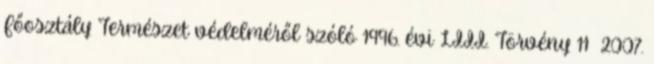
Főosztály Természet védelméről szóló 1996. évi LIII. Törvény 11 2007.